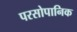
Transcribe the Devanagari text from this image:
परसोपानिक